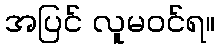
အပြင် လူမဝင်ရ။